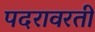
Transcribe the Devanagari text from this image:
पदरावरती